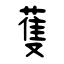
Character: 蒦